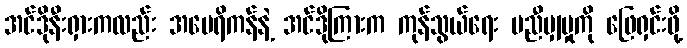
အင်ဒိုနီးရှားကလည်း အမေရိကန်နဲ့ အင်ဒိုကြားက ကုန်သွယ်ရေး မညီမျှမှုကို ဖြေရှင်းဖို့